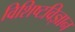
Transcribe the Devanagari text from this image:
विशिष्टविज्ञान